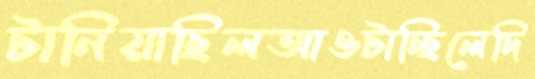
টানিয়াছিলআওটাচ্ছিলেদি